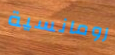
رومانسية